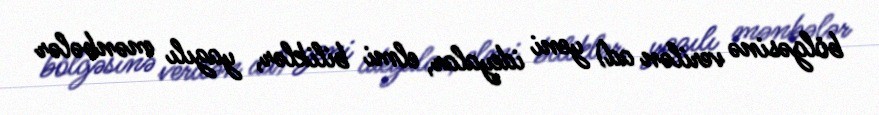
bölgəsinə verilən ad) yeni ideyalar, elmi biliklər, yazılı mənbələr